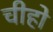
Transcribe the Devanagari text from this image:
चीहो